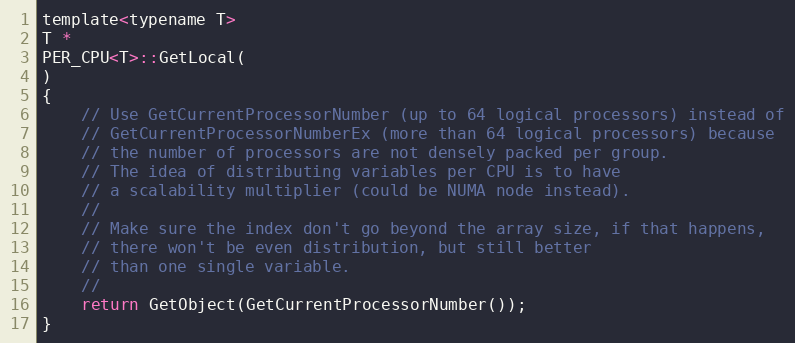
Language: C
template<typename T>
T *
PER_CPU<T>::GetLocal(
)
{
    // Use GetCurrentProcessorNumber (up to 64 logical processors) instead of
    // GetCurrentProcessorNumberEx (more than 64 logical processors) because
    // the number of processors are not densely packed per group.
    // The idea of distributing variables per CPU is to have
    // a scalability multiplier (could be NUMA node instead).
    //
    // Make sure the index don't go beyond the array size, if that happens,
    // there won't be even distribution, but still better
    // than one single variable.
    //
    return GetObject(GetCurrentProcessorNumber());
}